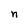
Character: n